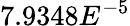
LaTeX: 7.9348E^{-5}